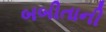
બબીતાની